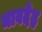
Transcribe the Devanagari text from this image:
भावदेह